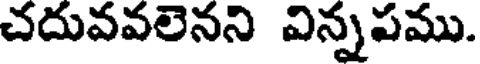
చదువవలెనని విన్నపము.